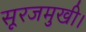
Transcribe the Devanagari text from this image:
सूरजमुखी।